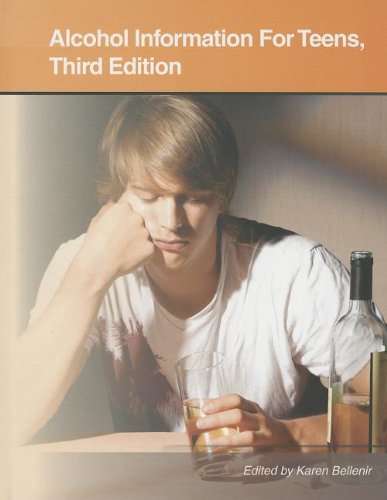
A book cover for Alcohol Information for Teens: Health Tips About Alcohol Use, Abuse, and Dependence: Including Facts About Alcohol's Effects on Mental and Physical ... Consequences of Under (Teen Health Series); Teen & Young Adult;